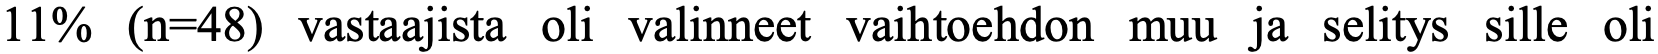
11% (n=48) vastaajista oli valinneet vaihtoehdon muu ja selitys sille oli